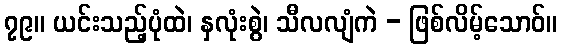
၇၉။ ယင်းသည့်ပုံထဲ၊ နှလုံးစွဲ၊ သီလလျံကဲ - ဖြစ်လိမ့်သောဝ်။